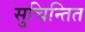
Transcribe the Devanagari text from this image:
सुचिन्तित